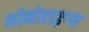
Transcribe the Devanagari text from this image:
कोमोडाइन्स